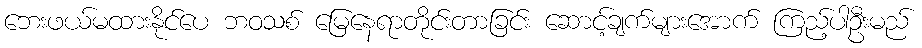
ဘေးဖယ်မထားနိုင်ပေ ဘဝသစ် မြေနေရာတိုင်းတာခြင်း ဆောင့်ချက်များအောက် ကြည့်ပါဦးမည်